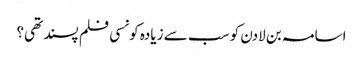
اسامہ بن لادن کو سب سے زیادہ کونسی فلم پسند تھی؟